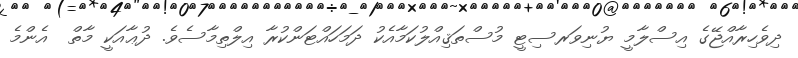
ދިވެހިރާއްޖޭގެ އިސްލާމީ ޔުނިވަރސިޓީ މުސްތަޤިއްލުކަމާއެކު ދަމަހައްޓަންކުރާ އިލްތިމާސެވެ. ދުޢާއަކީ މާތް  އެންމެ